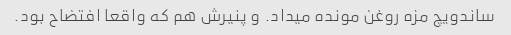
ساندویچ مزه روغن مونده میداد. و پنیرش هم که واقعا افتضاح بود.